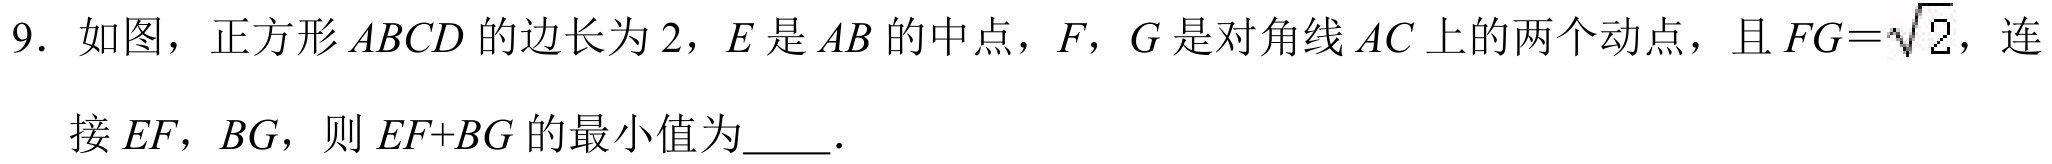
9. 如图，正方形 \(ABCD\) 的边长为 \(2\)，\(E\) 是 \(AB\) 的中点，\(F\)，\(G\) 是对角线 \(AC\) 上的两个动点，且 \(FG = \sqrt{2}\)，连
接 \(EF\)，\(BG\)，则 \(EF + BG\) 的最小值为  ．